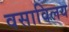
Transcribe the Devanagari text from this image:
वसाविलय